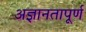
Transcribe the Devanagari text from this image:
अज्ञानतापूर्ण